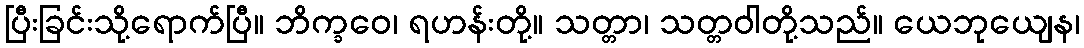
ပြီးခြင်းသို့ရောက်ပြီ။ ဘိက္ခဝေ၊ ရဟန်းတို့။ သတ္တာ၊ သတ္တဝါတို့သည်။ ယေဘုယျေန၊